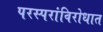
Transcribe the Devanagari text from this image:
परस्परांविरोधात